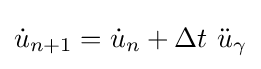
{\dot {u}}_{n+1}={\dot {u}}_{n}+\Delta t~{\ddot {u}}_{\gamma }